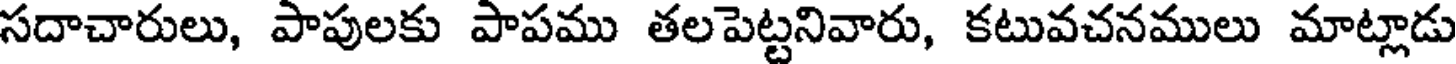
సదాచారులు, పాపులకు పాపము తలపెట్టనివారు, కటువచనములు మాట్లాడు